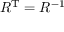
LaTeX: R ^ { \mathrm { T } } = R ^ { - 1 }